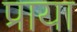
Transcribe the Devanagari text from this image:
प्राया